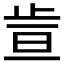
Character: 𪴶